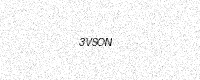
Text: 3VSON